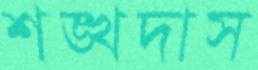
শঙ্খদাস